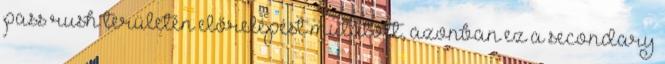
pass rush területén előrelépést mutatott, azonban ez a secondary